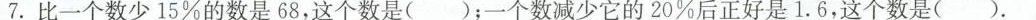
7.比一个数少15%的数是68，这个数是(